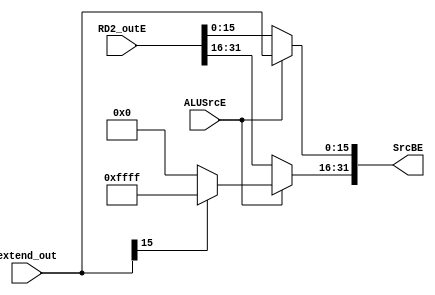
module ALUSrcE_Mulselect(
   input [31:0]RD2_outE,
	input [15:0]extend_out,
	input ALUSrcE,
	output [31:0]SrcBE
    );

assign SrcBE[15:0] = (~ALUSrcE)?RD2_outE[15:0]:extend_out;
assign SrcBE[31:16]= (~ALUSrcE)?RD2_outE[31:16]:(extend_out[15:15]==0)?16'h0000:16'hFFFF;

endmodule